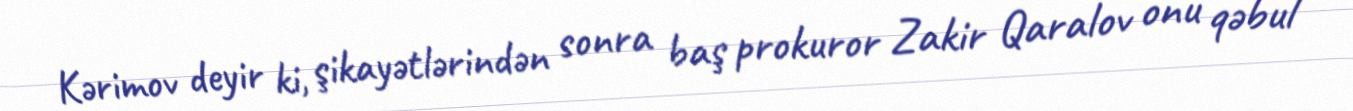
Kərimov deyir ki, şikayətlərindən sonra baş prokuror Zakir Qaralov onu qəbul